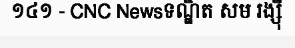
១៤១ - CNC Newsទណ្ឌិត សម រង្ស៊ី